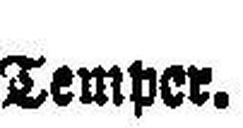
Temper.